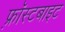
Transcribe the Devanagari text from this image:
फ़्रॉस्टबाइट